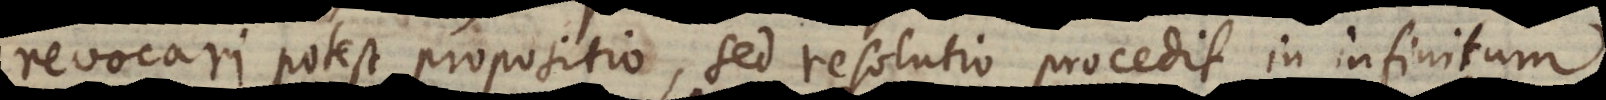
revocari potest propositio, sed resolutio procedit in infinitum;